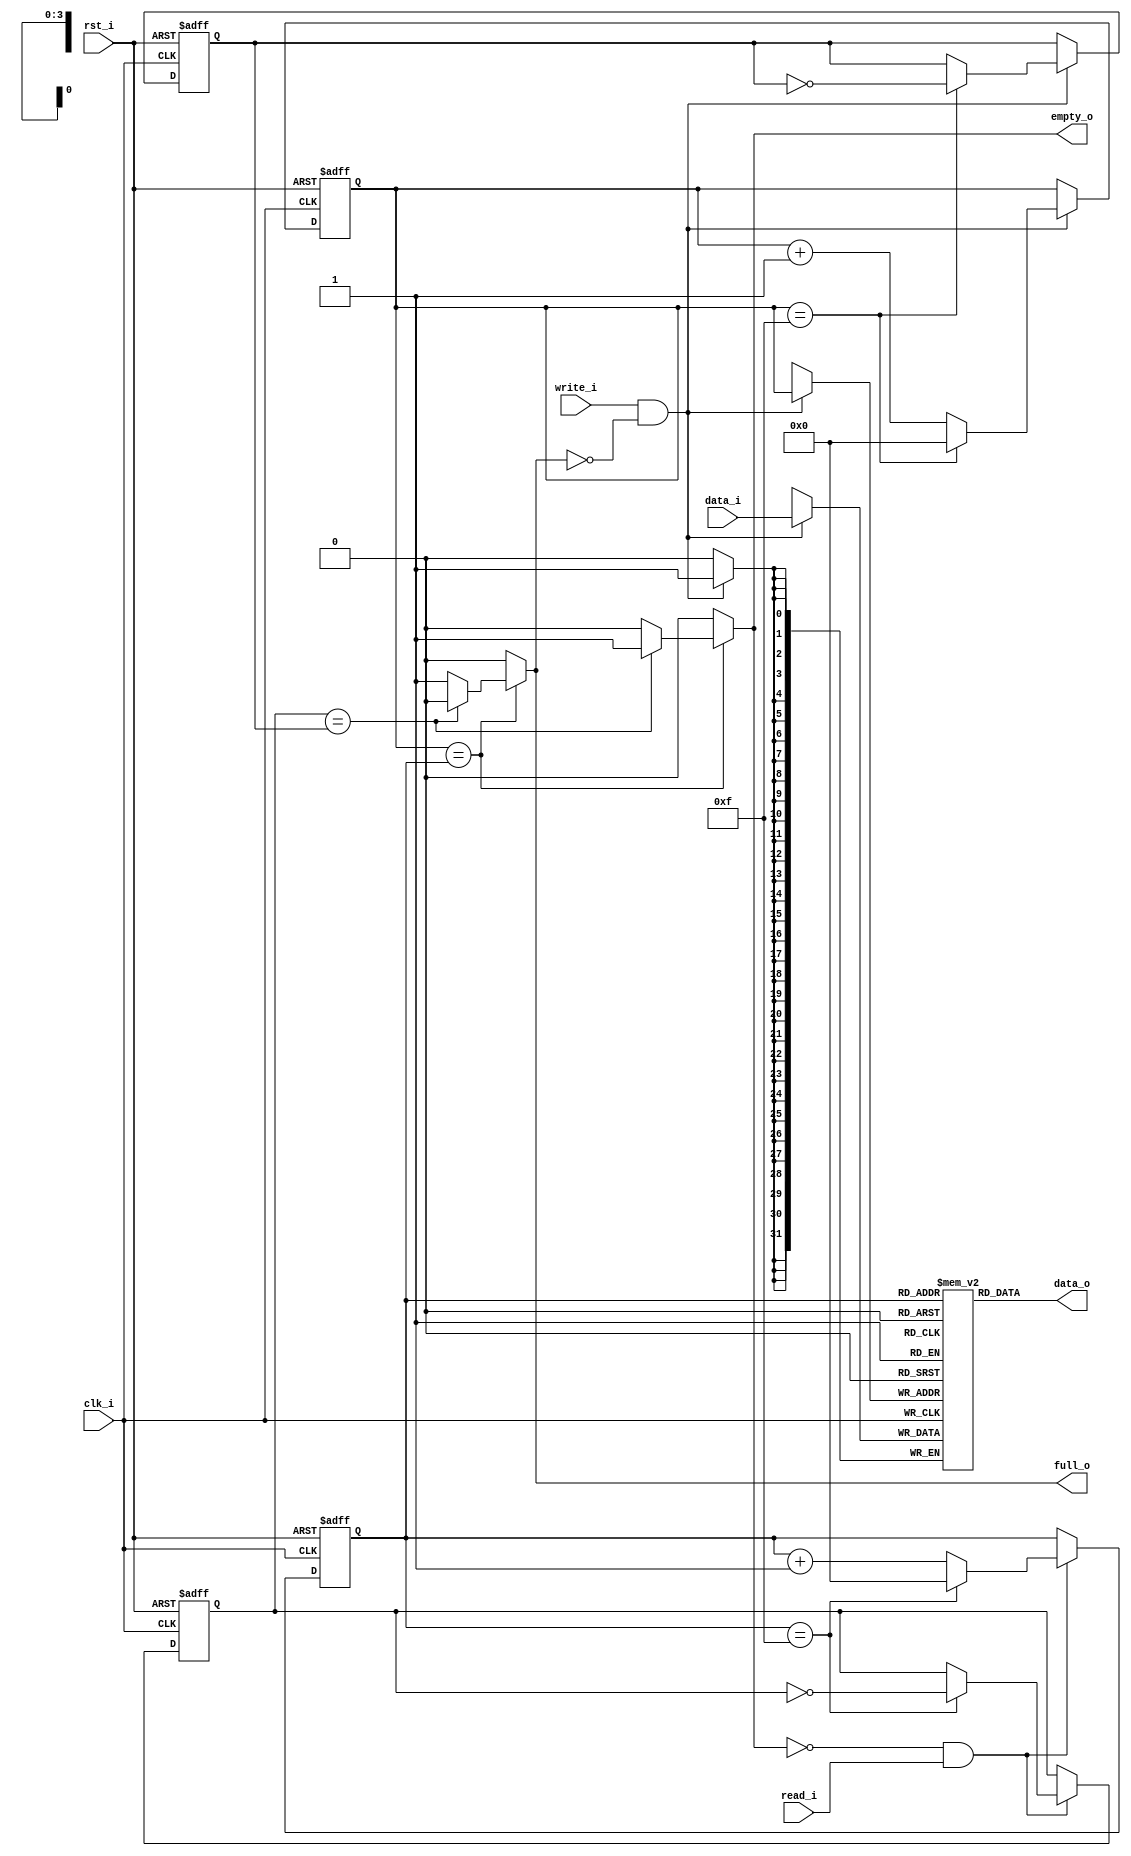
/*
    RTL synchronous FIFO
    Data width configurable
    FIFO depth configurable
    Can be configured as FWFT mode or standard mode  
*/
module SyncFIFO_RTL #(
    parameter   width =                 32,
    parameter   depth =                 16,
    parameter   depth_LOG =             4,
    parameter   FWFT =                  1 //1:First Word Fall Through,0:Standard
)(
    input   wire                        clk_i,
    input   wire                        rst_i,

    input   wire                        read_i, 
    input   wire                        write_i,
    output  reg                         full_o, 
    output  reg                         empty_o,

    input   wire    [width-1 : 0]       data_i,
    output  wire    [width-1 : 0]       data_o
);

reg [width-1 : 0] data_o_std;
reg [width-1 : 0] mem [depth-1 : 0];
reg [depth_LOG-1 : 0] wp, rp;
reg w_flag, r_flag;

always@(posedge clk_i or posedge rst_i) 
begin
    if(rst_i) 
    begin
        wp <= 0;
        w_flag <= 0;
    end 
    else if(~full_o & write_i) 
    begin 
        wp <= (wp==depth-1) ? 'b0 : wp+1;
        w_flag <= (wp==depth-1) ? ~w_flag : w_flag;
    end
end

always@(posedge clk_i) 
begin
    if(write_i & ~full_o)
    begin
        mem[wp] <= data_i;
    end
end

always@(posedge clk_i or posedge rst_i) 
begin
    if(rst_i) 
    begin
        rp <= 0;
        r_flag <= 0;
    end 
    else if(~empty_o & read_i) 
    begin 
        rp <= (rp==depth-1) ? 'b0 : rp+1;
        r_flag <= (rp==depth-1) ? ~r_flag : r_flag;
    end
end

always@(posedge clk_i or posedge rst_i)
begin
    if(rst_i) data_o_std <= 0;
    else
    begin
        if(~empty_o & read_i)
            data_o_std <= mem[rp];
    end
end

always@(*) 
begin
    if(wp==rp)
    begin
        if(r_flag==w_flag)
        begin
            full_o = 0;
            empty_o = 1;
        end 
        else 
        begin
            full_o = 1;
            empty_o = 0;
        end
    end 
    else 
    begin
        full_o = 0;
        empty_o = 0;
    end
end

generate if(FWFT == 0) begin: FWFT_MODE
    assign data_o = data_o_std;
end else begin: STANDARD_MOD
    assign data_o = mem[rp];
end endgenerate

endmodule